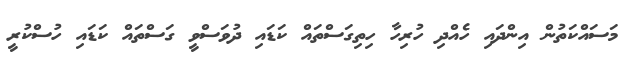
މަސައްކަތުން އިންދައި ހެއްދި ހުރިހާ ހިތިގަސްތައް ކަޑައި ދުވަސްވީ ގަސްތައް ކަޑައި ހުސްކުރީ